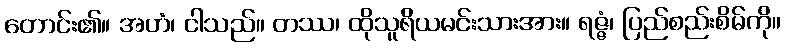
တောင်း၏။ အဟံ၊ ငါသည်။ တဿ၊ ထိုသူရိယမင်းသားအား။ ရဇ္ဇံ၊ ပြည်စည်းစိမ်ကို။